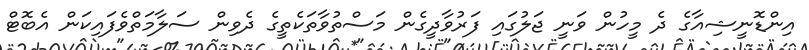
އިންޑޮނީޝިއާގެ ދެ މީހުން ވަނީ ޖަލުގައި ފަރުވާދީގެން މަސްތުވާތަކެތީގެ ދެވިން ސަލާމަތްވެފައިކަން އެބޮޓް